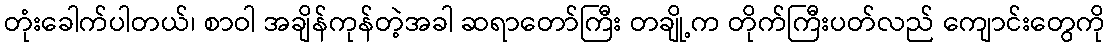
တုံးခေါက်ပါတယ်၊ စာဝါ အချိန်ကုန်တဲ့အခါ ဆရာတော်ကြီး တချို့က တိုက်ကြီးပတ်လည် ကျောင်းတွေကို